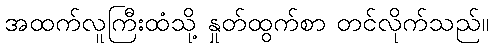
အထက်လူကြီးထံသို့ နှုတ်ထွက်စာ တင်လိုက်သည်။